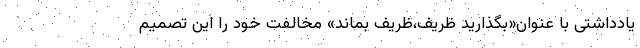
یادداشتی با عنوان«بگذارید ظریف،ظریف بماند» مخالفت خود را این تصمیم